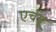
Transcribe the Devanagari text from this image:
एचयू